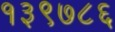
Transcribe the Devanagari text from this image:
१३९७८६